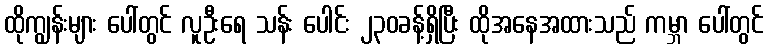
ထိုကျွန်းများ ပေါ်တွင် လူဦးရေ သန်း ပေါင်း ၂၃၀ခန့်ရှိပြီး ထိုအနေအထားသည် ကမ္ဘာ ပေါ်တွင်